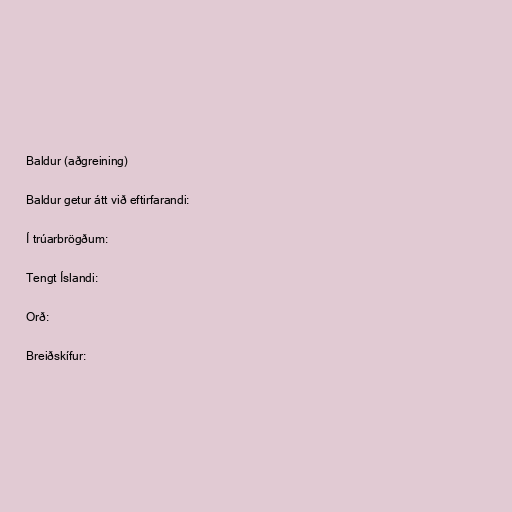
Baldur (aðgreining)

Baldur getur átt við eftirfarandi:

Í trúarbrögðum:

Tengt Íslandi:

Orð:

Breiðskífur: